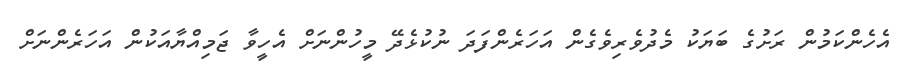
އެހެންކަމުން ރަށުގެ ބަޔަކު މެދުވެރިވެގެން އަހަރެންފަދަ ނުކުޅެދޭ މީހުންނަށް އެހީވާ ޖަމިއްޔާއަކުން އަހަރެންނަށް